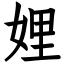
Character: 娌